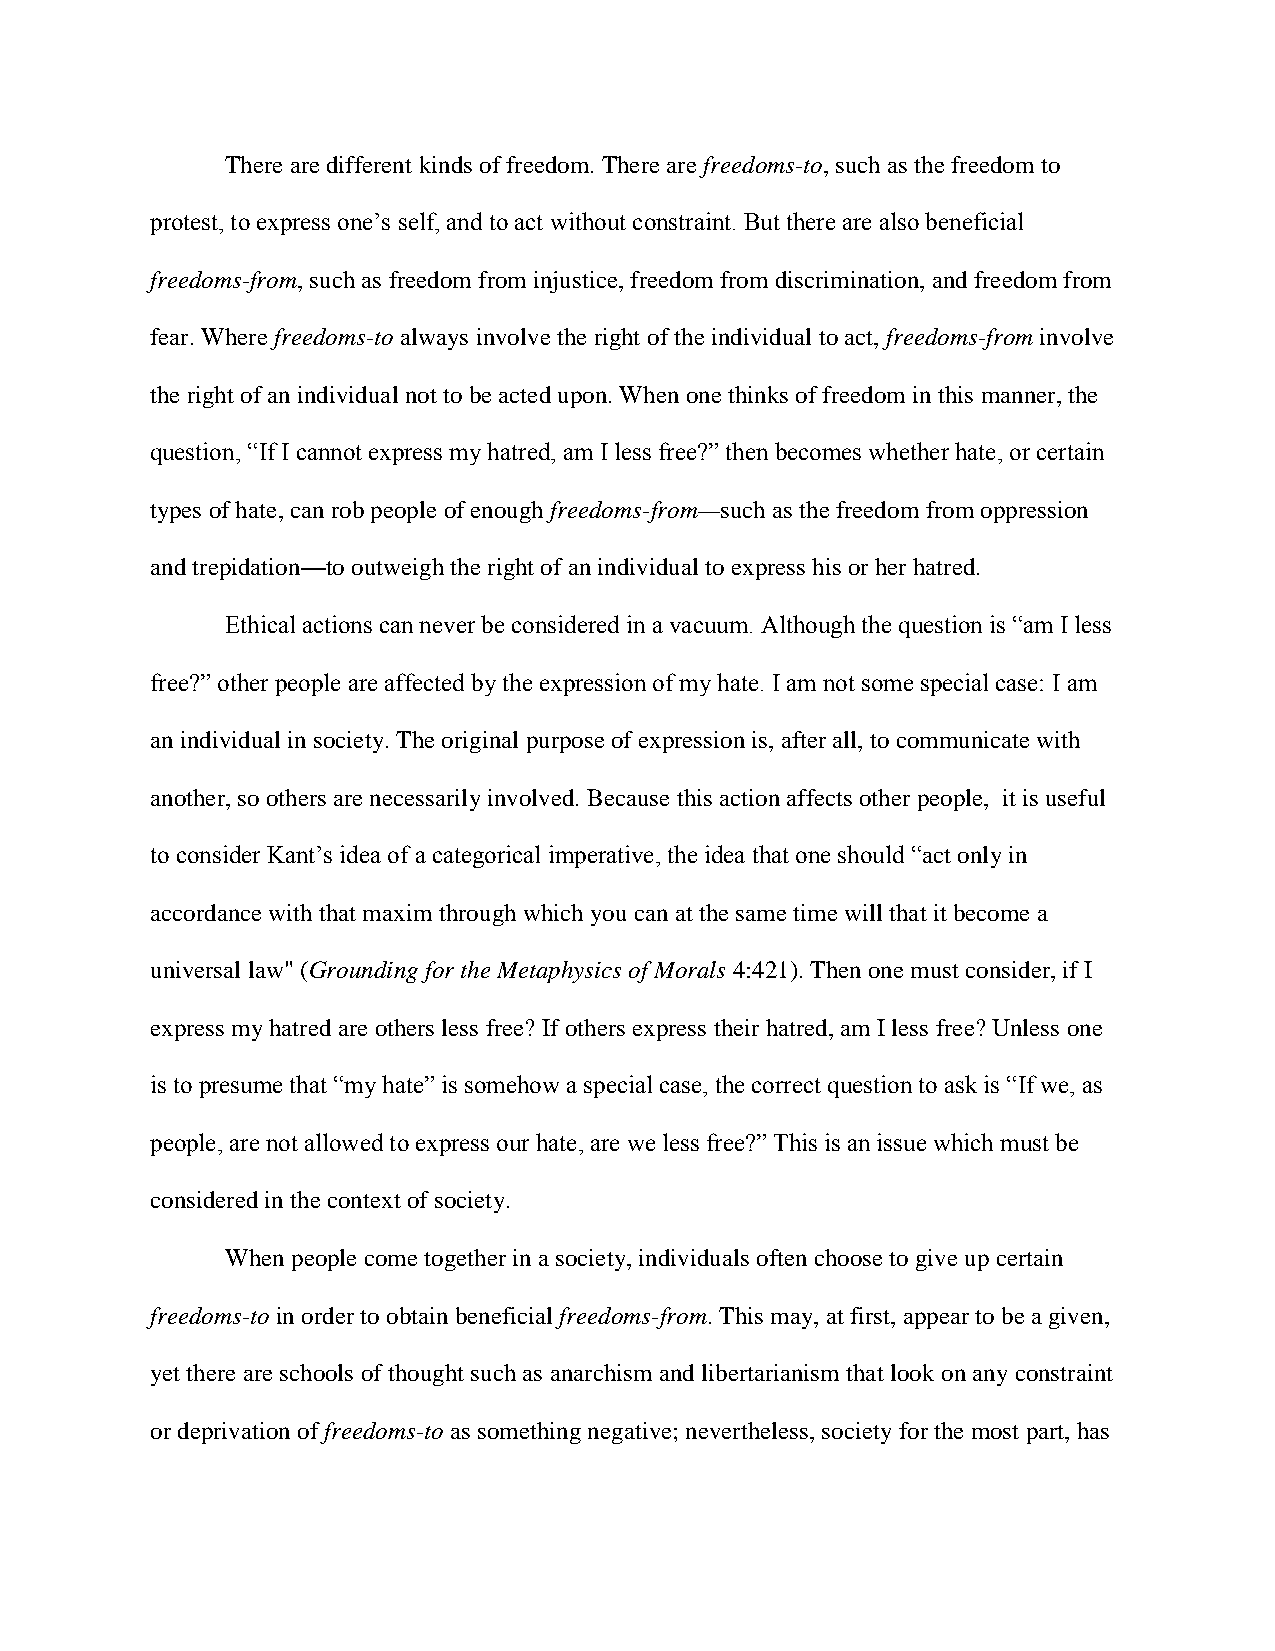
There are different kinds of freedom. There are freedoms-to, such as the freedom to
 protest, to express one’s self, and to act without constraint. But there are also beneficial
 freedoms-from, such as freedom from injustice, freedom from discrimination, and freedom from
 fear. Where freedoms-to always involve the right of the individual to act, freedoms-from involve
 the right of an individual not to be acted upon. When one thinks of freedom in this manner, the
 question, “If I cannot express my hatred, am I less free?” then becomes whether hate, or certain
 types of hate, can rob people of enough freedoms-from—such as the freedom from oppression
 and trepidation—to outweigh the right of an individual to express his or her hatred.
 Ethical actions can never be considered in a vacuum. Although the question is “am I less
 free?” other people are affected by the expression of my hate. I am not some special case: I am
 an individual in society. The original purpose of expression is, after all, to communicate with
 another, so others are necessarily involved. Because this action affects other people, it is useful
 to consider Kant’s idea of a categorical imperative, the idea that one should “act only in
 accordance with that maxim through which you can at the same time will that it become a
 universal law" (Grounding for the Metaphysics of Morals 4:421). Then one must consider, if I
 express my hatred are others less free? If others express their hatred, am I less free? Unless one
 is to presume that “my hate” is somehow a special case, the correct question to ask is “If we, as
 people, are not allowed to express our hate, are we less free?” This is an issue which must be
 considered in the context of society.
 When people come together in a society, individuals often choose to give up certain
 freedoms-to in order to obtain beneficial freedoms-from. This may, at first, appear to be a given,
 yet there are schools of thought such as anarchism and libertarianism that look on any constraint
 or deprivation of freedoms-to as something negative; nevertheless, society for the most part, has